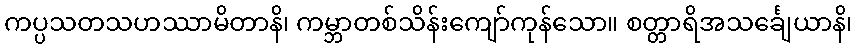
ကပ္ပသတသဟဿာမိတာနိ၊ ကမ္ဘာတစ်သိန်းကျော်ကုန်သော။ စတ္တာရိအသင်္ချေယာနိ၊